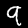
Digit: 9